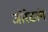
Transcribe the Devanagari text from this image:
जोरेठांग